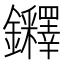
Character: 𨰪